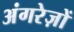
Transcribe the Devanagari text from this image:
अंगरेज़ों